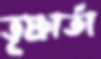
তৃষ্ণার্তা